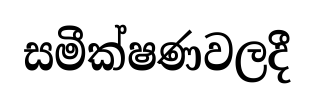
සමීක්ෂණවලදී